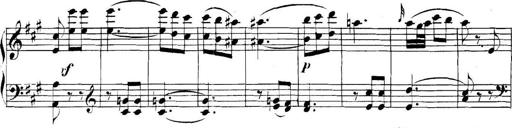
Title: Collected Piano Sonatas
Composer: Muzio Clementi